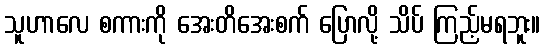
သူဟာလေ စကားကို အေးတိအေးစက် ပြောလို့ သိပ် ကြည့်မရဘူး။